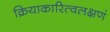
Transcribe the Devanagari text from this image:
क्रियाकारित्वलक्षणं